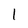
Character: 1